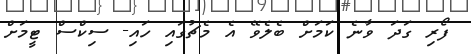
ފޯރި ގަދަ ވާނެ ކަމަށް ބެލެވޭ އެ މެޗުގައި ހައި- ސިކްސް ޓީމަށް